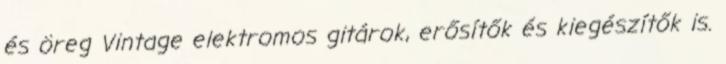
és öreg Vintage elektromos gitárok, erősítők és kiegészítők is.